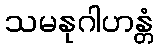
သမနုဂါဟန္တံ